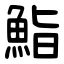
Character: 鮨